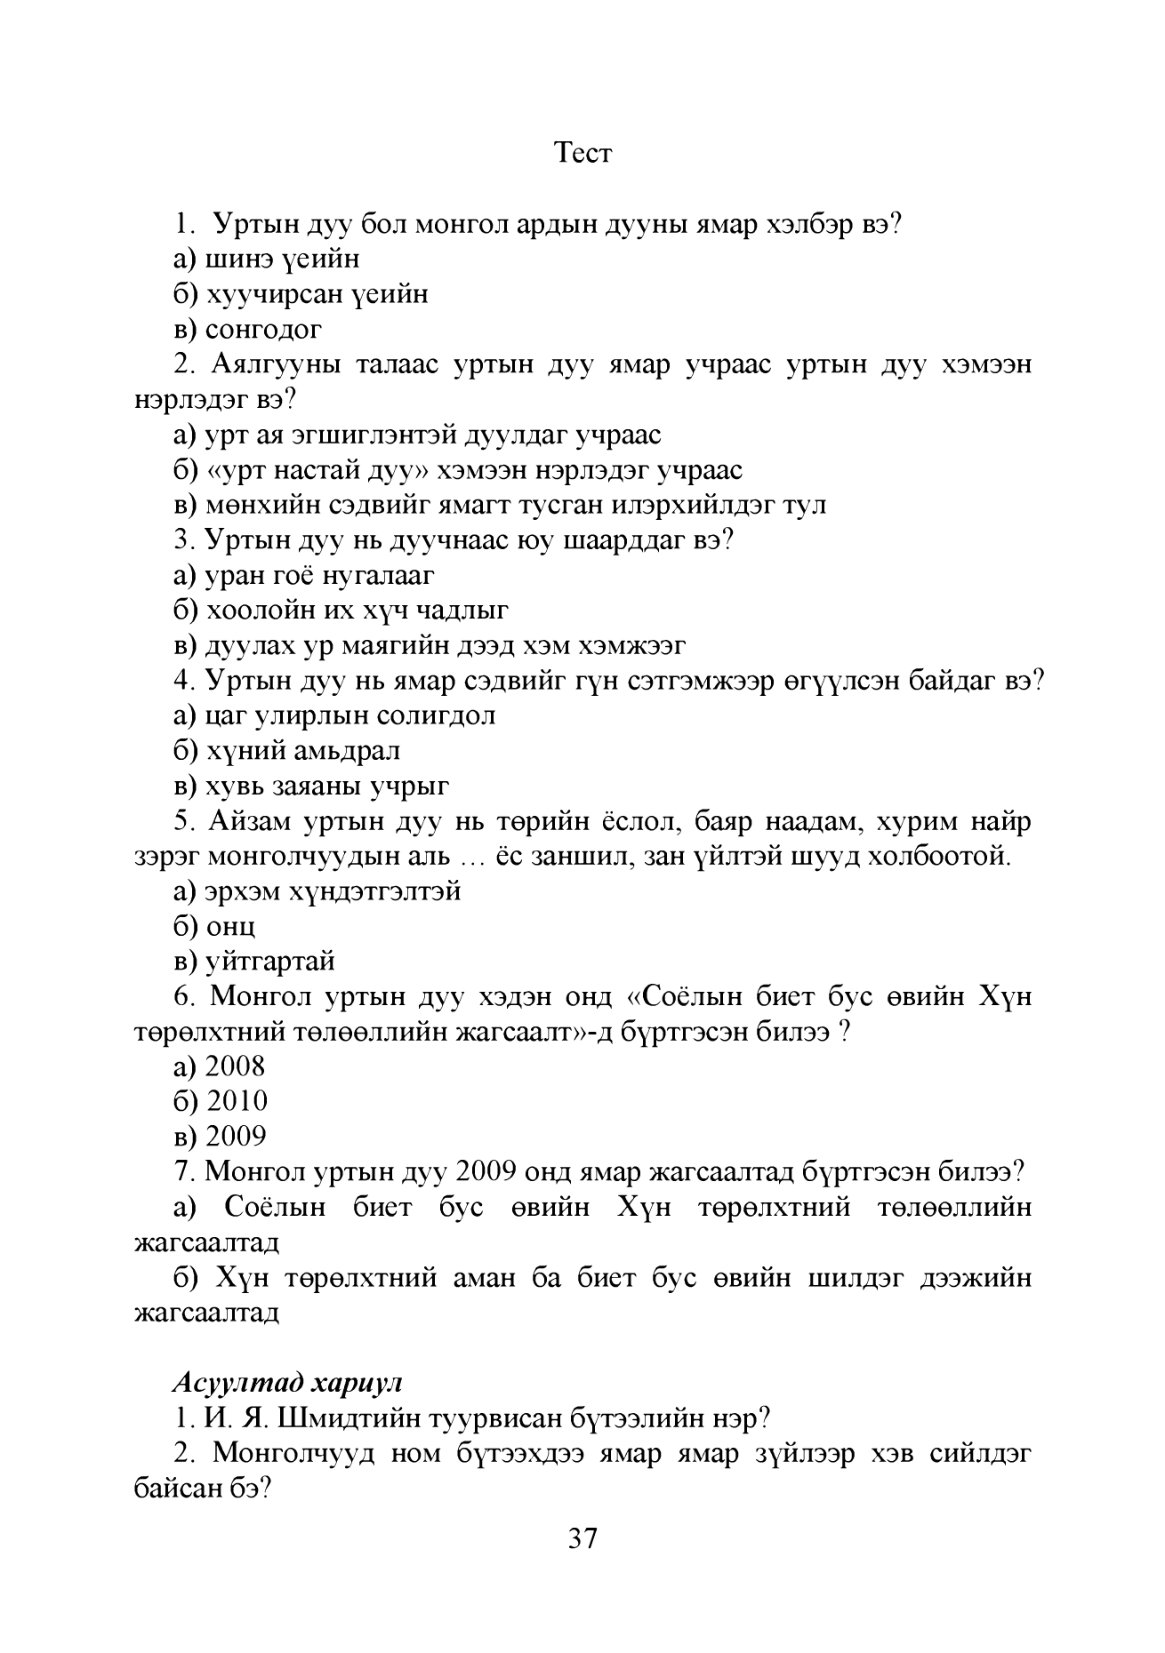
Language: mn